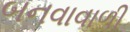
બનવાવાળી